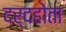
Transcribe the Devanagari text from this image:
दर्दहोता